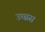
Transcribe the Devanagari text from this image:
उच्चस